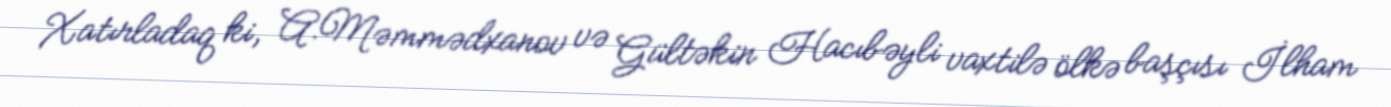
Xatırladaq ki, A.Məmmədxanov və Gültəkin Hacıbəyli vaxtilə ölkə başçısı İlham